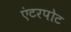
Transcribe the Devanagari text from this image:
एंटरपोट